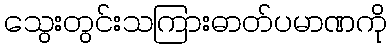
သွေးတွင်းသကြားဓာတ်ပမာဏကို